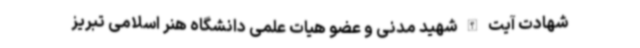
شهادت آیت الله شهید مدنی و عضو هیات علمی دانشگاه هنر اسلامی تبریز